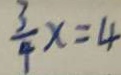
\frac { 3 } { 4 } x = 4